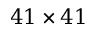
4 1 \times 4 1